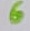
Text: 6